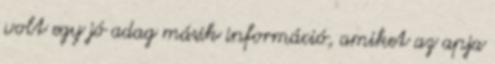
volt egy jó adag másik információ, amiket az apja